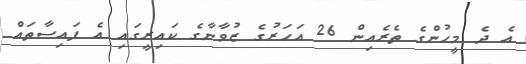
އެ ދެ މީހުންގެ ތެރެއިން 26 އަހަރުގެ ޒުވާނާގެ ކައިރީގައި އެ ފައިސާތައް